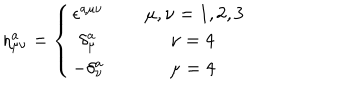
\eta _ { \mu \nu } ^ { a } = \left\{ \begin{matrix} { { \epsilon ^ { a \mu \nu } \: } } & { { } } & { { \mu , \nu = 1 , 2 , 3 } } \\ { { \delta _ { \mu } ^ { a } \: } } & { { } } & { { \: \nu = 4 \: \: } } \\ { { - \delta _ { \nu } ^ { a } \: } } & { { } } & { { \: \mu = 4 \: \: } } \\ \end{matrix} \right.